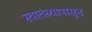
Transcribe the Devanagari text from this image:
स्वातंत्र्यापासून